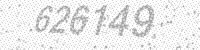
Solution: 626149